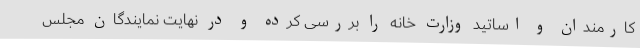
کارمندان و اساتید وزارت خانه را بررسی کرده و در نهایت نمایندگان مجلس